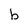
Character: b